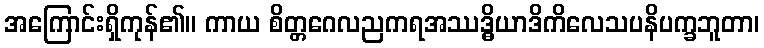
အကြောင်းရှိကုန်၏။ ကာယ စိတ္တဂေလညကရအဿဒ္ဓိယာဒိကိလေသပနိပက္ခဘူတာ၊